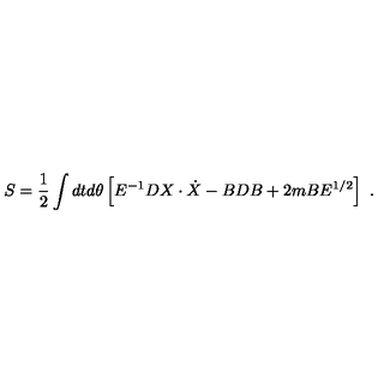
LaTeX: S = { \frac { 1 } { 2 } } \int d t d \theta \left[ E ^ { - 1 } D X \cdot \dot { X } - B D B + 2 m B E ^ { 1 / 2 } \right] \ .